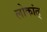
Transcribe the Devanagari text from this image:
लोकांत्‌